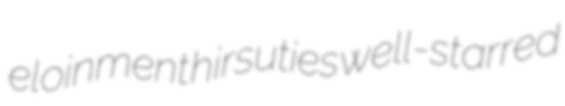
eloinment hirsuties well-starred